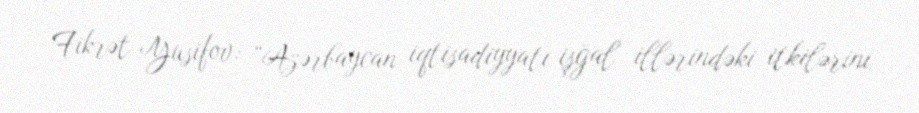
Fikrət Yusifov: “Azərbaycan iqtisadiyyatı işğal illərindəki itkilərini